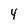
Character: 4